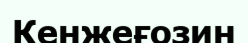
Кенжеғозин